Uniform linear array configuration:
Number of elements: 4
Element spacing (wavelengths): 0.5
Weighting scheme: kaiser
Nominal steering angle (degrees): -60
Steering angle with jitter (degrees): -61.846
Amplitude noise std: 0.05
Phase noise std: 0.05

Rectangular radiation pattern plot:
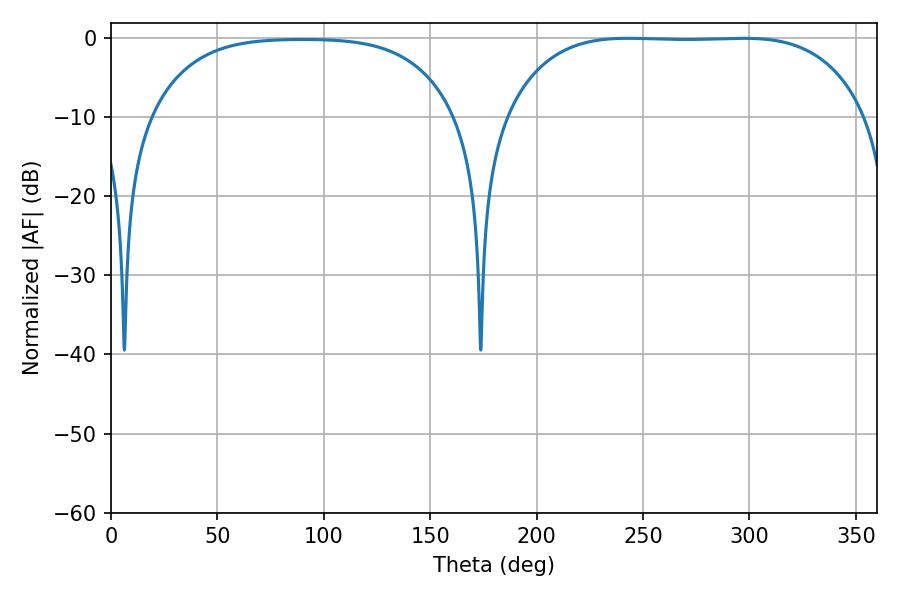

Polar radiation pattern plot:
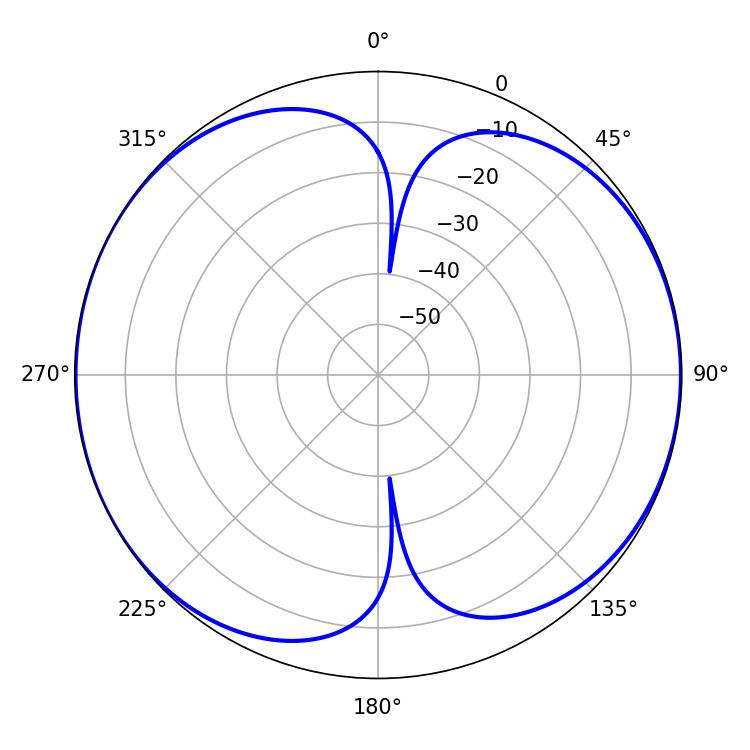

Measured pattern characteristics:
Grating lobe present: FALSE
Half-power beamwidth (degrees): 130.68
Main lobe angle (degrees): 243